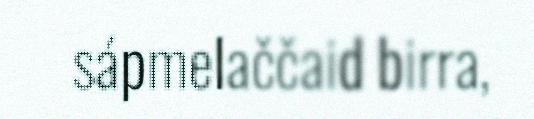
sápmelaččaid birra,